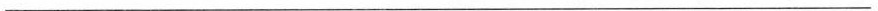
___